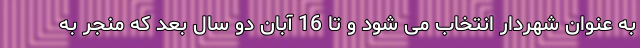
به عنوان شهردار انتخاب می شود و تا 16 آبان دو سال بعد که منجر به